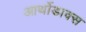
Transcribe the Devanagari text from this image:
आर्थोडाक्स